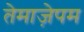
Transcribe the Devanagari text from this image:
तेमाज़ेपम